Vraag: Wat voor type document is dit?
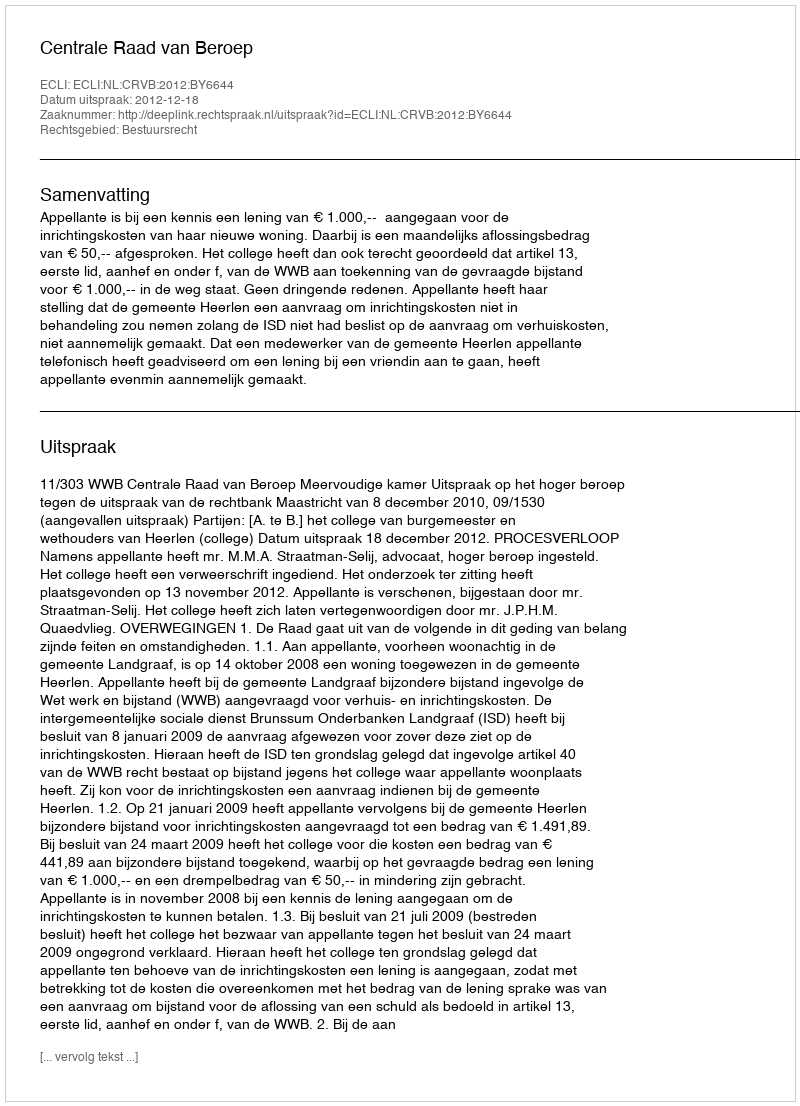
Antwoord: Uitspraak